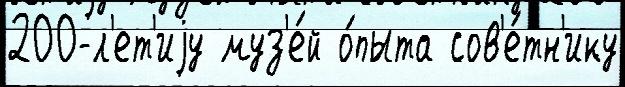
200-л'ет'иjу муз'е́й о́пыта сов'е́тн'ику